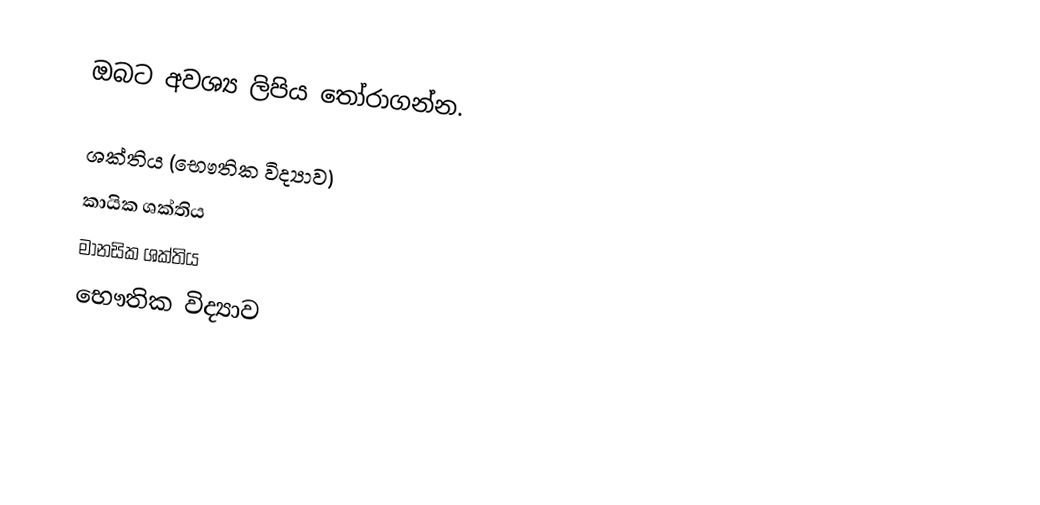
ඔබට අවශ්‍ය ලිපිය තෝරාගන්න.

 ශක්තිය (‍භෞතික විද්‍යාව)
 කායික ශක්තිය
 මානසික ශක්තිය
භෞතික විද්‍යාව